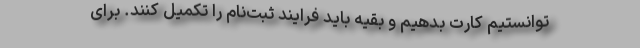
توانستیم کارت بدهیم و بقیه باید فرایند ثبت‌نام را تکمیل کنند. برای